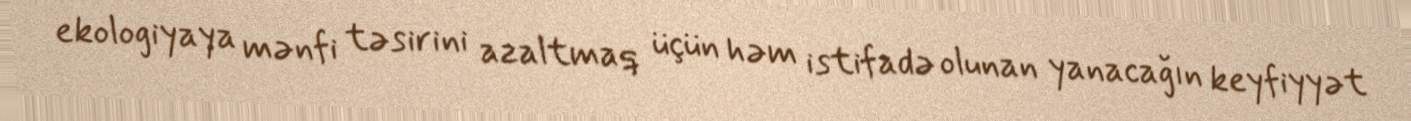
ekologiyaya mənfi təsirini azaltmaq üçün həm istifadə olunan yanacağın keyfiyyət